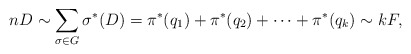
\begin{align*} nD \sim \sum_{\sigma\in G} \sigma^*(D) = \pi^*(q_1)+\pi^*(q_2)+\dots+\pi^*(q_k) \sim kF, \end{align*}